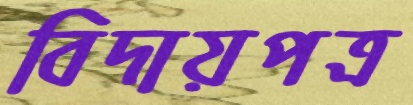
বিদায়পত্র